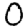
Digit: 0